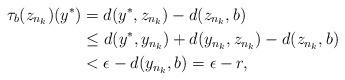
LaTeX: \begin{align*}\tau_b(z_{n_k})(y^*) &= d(y^*,z_{n_k})-d(z_{n_k},b) \\&\leq d(y^*,y_{n_k}) + d(y_{n_k},z_{n_k}) -d(z_{n_k},b) \\&<\epsilon -d(y_{n_k},b) =\epsilon -r,\end{align*}